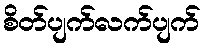
စိတ်ပျက်လက်ပျက်